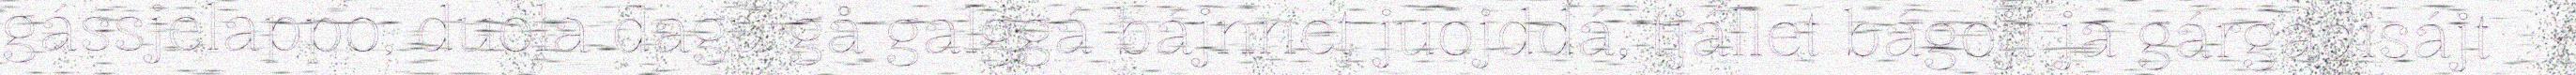
gássjelappo, duola dagu gå galggá bájnnet juojddá, tjállet bágojt ja gárgadisájt